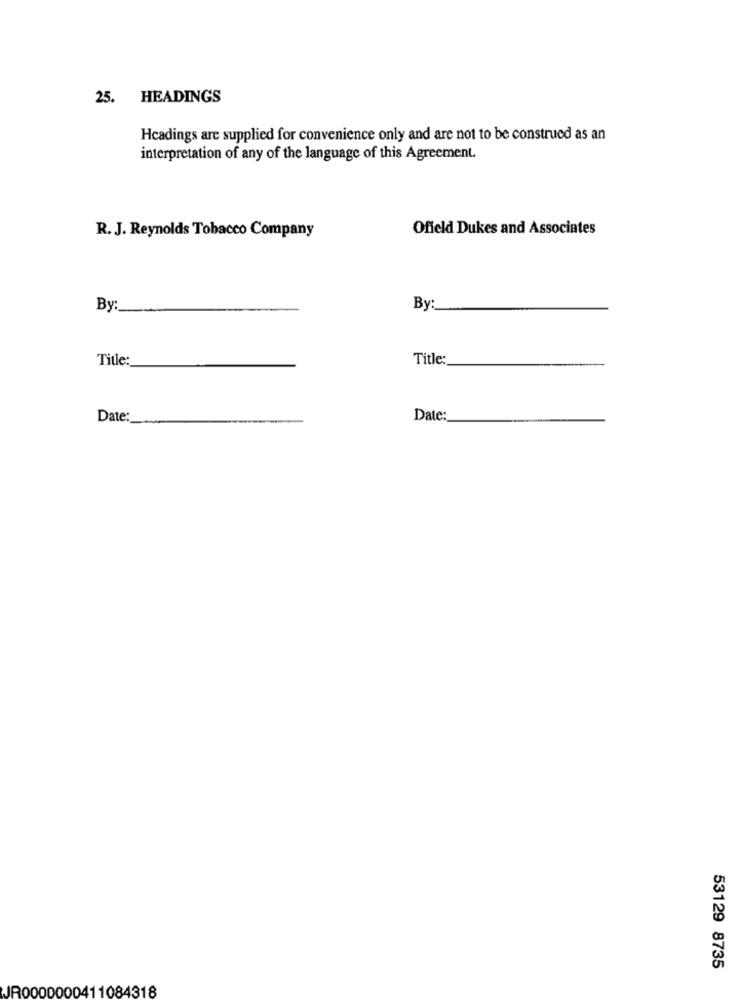
25. HEADINGS
Hcadings are supplied for convenience only and are not to be construed as an
interpretation of any of the language of this Agreement.
R. J. Reynolds Tobacco Company
Offield Dukes and Associates
By:
By:
Title:
Title:
Date:
Date:
53129 8735
JR0000000411084318